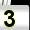
Digit: 3